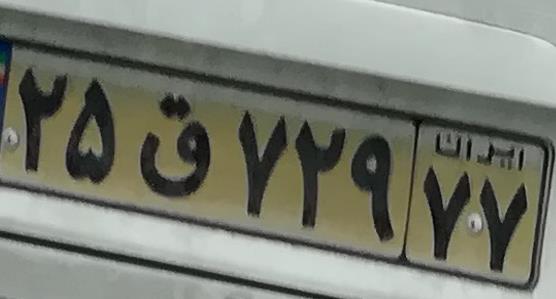
۲۵ق۷۲۹۷۷